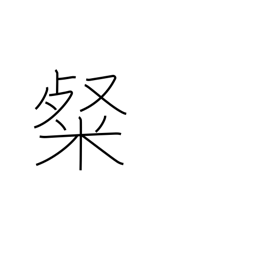
Meaning: bright